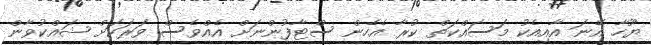
ޔޫހާ އޭނަ އާއިއެކު މަސައްކަތް ކުރާ އެހެން ސްޓާފުންނަށް އެއްވެސް ވަރަކަށް ޝައްކުވާން